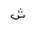
Letter: _shin